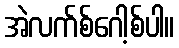
အဲလက်စ်ဂေါ့စ်ပါ။